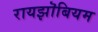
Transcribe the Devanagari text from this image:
रायझॊबियम